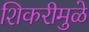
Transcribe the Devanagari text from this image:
शिकरीमुळे